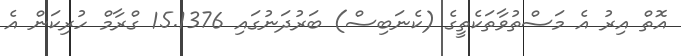
އޮތް އިރު އެ މަސްތުވާތަކެތީގެ (ކެނަބިސް) ބަރުދަނުގައި 15.1376 ގްރާމް ހުރިކަން އެ